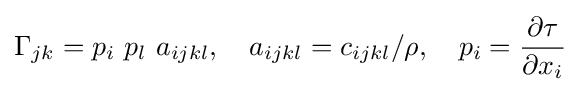
\Gamma _{jk}=p_{i}~p_{l}~a_{ijkl},\quad a_{ijkl}=c_{ijkl}/\rho ,\quad p_{i}={\frac {\partial \tau }{\partial x_{i}}}